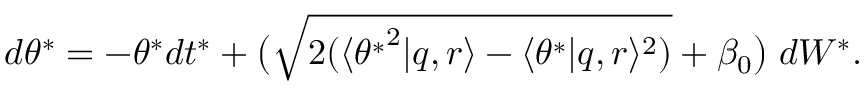
d \theta ^ { * } = - \theta ^ { * } d t ^ { * } + \big ( \sqrt { 2 ( \langle { \theta ^ { * } } ^ { 2 } | q , r \rangle - \langle \theta ^ { * } | q , r \rangle ^ { 2 } ) } + \beta _ { 0 } \big ) \; d W ^ { * } .